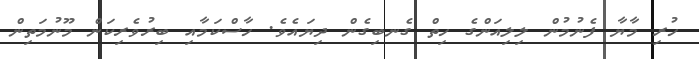
ހުރި މާޔާ ފެނުމުން ލިލިއަންގެ ހިތް ގެނބިގެން ދިޔައެވެ. ހާސްކަމާއި ބިރުވެރިކަން މޫނުމަތިން